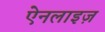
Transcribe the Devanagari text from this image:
ऐनलाइज़